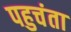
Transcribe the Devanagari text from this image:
पहुचंता